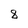
Character: 8